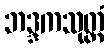
ဘဒ္ဒကသုတ္တံ